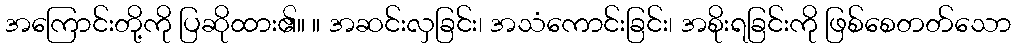
အကြောင်းတို့ကို ပြဆိုထား၏။ ။ အဆင်းလှခြင်း၊ အသံကောင်းခြင်း၊ အစိုးရခြင်းကို ဖြစ်စေတတ်သော